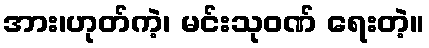
အား၊ဟုတ်ကဲ့၊ မင်းသုဝဏ် ရေးတဲ့။